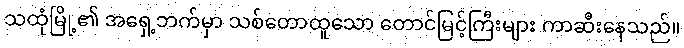
သထုံမြို့၏ အရှေ့ဘက်မှာ သစ်တောထူသော တောင်မြင့်ကြီးများ ကာဆီးနေသည်။